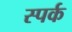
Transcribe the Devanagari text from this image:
स्पर्क